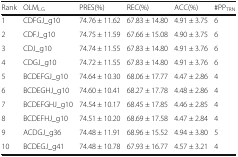
<table><thead><tr><td><b>Rank</b></td><td><b>OLM<sub>LG</sub></b></td><td><b>PRES(%)</b></td><td><b>REC(%)</b></td><td><b>ACC(%)</b></td><td><b>#PP<sub>TRN</sub></b></td></tr></thead><tbody><tr><td>1</td><td>CDFGJ_g10</td><td>74.76 ± 11.62</td><td>67.83 ± 14.80</td><td>4.91 ± 3.75</td><td>6</td></tr><tr><td>2</td><td>CDFJ_g10</td><td>74.75 ± 11.59</td><td>67.66 ± 15.08</td><td>4.90 ± 3.75</td><td>6</td></tr><tr><td>3</td><td>CDJ_g10</td><td>74.74 ± 11.55</td><td>67.83 ± 14.80</td><td>4.91 ± 3.76</td><td>6</td></tr><tr><td>4</td><td>CDGJ_g10</td><td>74.72 ± 11.55</td><td>67.83 ± 14.80</td><td>4.91 ± 3.76</td><td>6</td></tr><tr><td>5</td><td>BCDEFGJ_g10</td><td>74.64 ± 10.30</td><td>68.06 ± 17.77</td><td>4.47 ± 2.86</td><td>4</td></tr><tr><td>6</td><td>BCDEGHJ_g10</td><td>74.60 ± 10.41</td><td>68.27 ± 17.78</td><td>4.48 ± 2.86</td><td>4</td></tr><tr><td>7</td><td>BCDEFGHJ_g10</td><td>74.54 ± 10.17</td><td>68.45 ± 17.85</td><td>4.46 ± 2.85</td><td>4</td></tr><tr><td>8</td><td>BCDEFHJ_g10</td><td>74.51 ± 10.20</td><td>68.69 ± 17.58</td><td>4.47 ± 2.84</td><td>4</td></tr><tr><td>9</td><td>ACDGJ_g36</td><td>74.48 ± 11.91</td><td>68.96 ± 15.52</td><td>4.94 ± 3.80</td><td>5</td></tr><tr><td>10</td><td>BCDEGJ_g41</td><td>74.48 ± 10.78</td><td>67.93 ± 16.77</td><td>4.57 ± 3.21</td><td>4</td></tr></tbody></table>